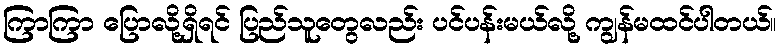
ကြာကြာ ပြောလို့ရှိရင် ပြည်သူတွေလည်း ပင်ပန်းမယ်လို့ ကျွန်မထင်ပါတယ်။